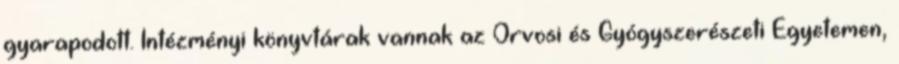
gyarapodott. Intézményi könyvtárak vannak az Orvosi és Gyógyszerészeti Egyetemen,